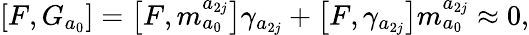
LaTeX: \left[F,G_{a_{0}}\right]=\left[F,m_{a_{0}}^{a_{2j}}\right]\gamma_{a_{2j}}+\left[F,\gamma_{a_{2j}}\right]m_{a_{0}}^{a_{2j}}\approx 0,